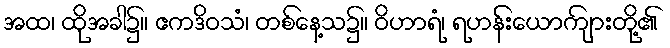
အထ၊ ထိုအခါ၌။ ဧကဒိဝသံ၊ တစ်နေ့သ၌။ ဝိဟာရံ၊ ရဟန်းယောကျ်ားတို့၏